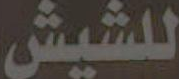
للشيش